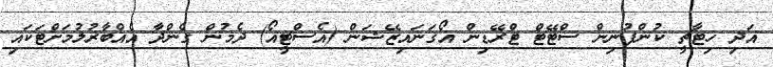
އަދި ހިޓާޗީ ކުންފުނިން ސްޓޭޓް ޓްރޭޑިން އޯގަނައިޒޭޝަން (އެސްޓީއޯ) ދެމުން ގެންދާ އެއްބާރުލުމަށްޓަކައި